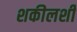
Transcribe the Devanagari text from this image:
शकीलशी